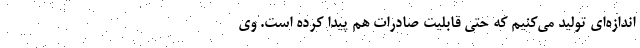
اندازه‌ای تولید می‌کنیم که حتی قابلیت صادرات هم پیدا کرده است. وی